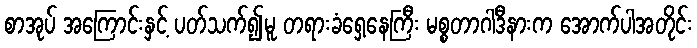
စာအုပ် အကြောင်းနှင့် ပတ်သက်၍မူ တရားခံရှေ့နေကြီး မစ္စတာဂါဒီနားက အောက်ပါအတိုင်း